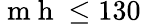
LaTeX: \mathrm{~m~h~}\leq 130